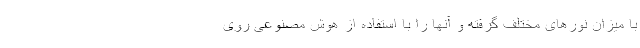
با میزان نورهای مختلف گرفته و آنها را با استفاده از هوش مصنوعی روی